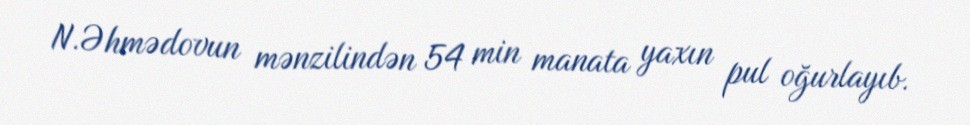
N.Əhmədovun mənzilindən 54 min manata yaxın pul oğurlayıb.